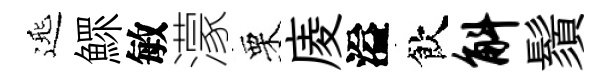
𨓱鰥敏濛栗庱溢飲斛鬚